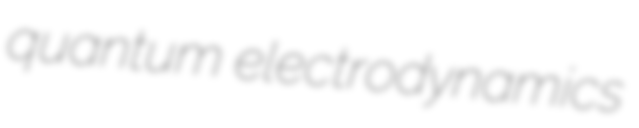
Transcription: quantum electrodynamics